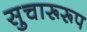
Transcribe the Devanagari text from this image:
सुचारूरूप